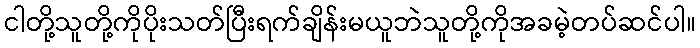
ငါတို့သူတို့ကိုပိုးသတ်ပြီးရက်ချိန်းမယူဘဲသူတို့ကိုအခမဲ့တပ်ဆင်ပါ။